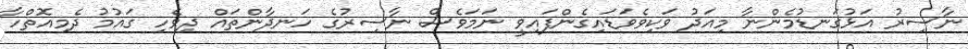
ނާސިރު އަޅުގަނޑުމެންނާ މިއަދު ވަކިވެވަޑައިގެންފައިވީ ނަމަވެސް ނާސިރުގެ ހަނދާންތައް ދިވެހި ގައުމު ދެމިއޮތްހާ